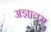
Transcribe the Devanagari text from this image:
अज्ञातम्‌